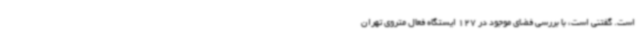
است. گفتنی است، با بررسی فضای موجود در 127 ایستگاه فعال متروی تهران